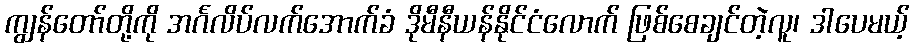
ကျွန်တော်တို့ကို အင်္ဂလိပ်လက်အောက်ခံ ဒိုမီနီယန်နိုင်ငံလောက် ဖြစ်စေချင်တဲ့လူ၊ ဒါပေမယ့်